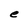
Character: e